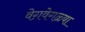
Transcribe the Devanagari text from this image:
वेग़वेगळ्या